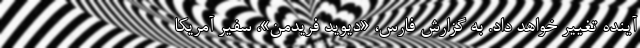
آینده تغییر خواهد داد. به گزارش فارس، «دیوید فریدمن»، سفیر آمریکا